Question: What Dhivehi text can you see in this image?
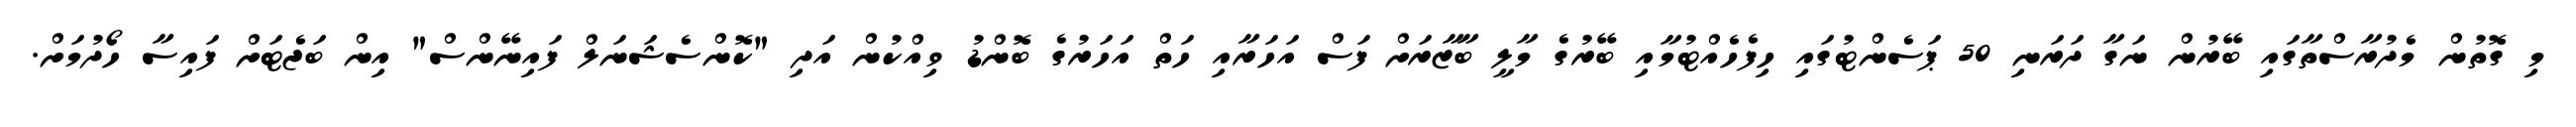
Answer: މި ގޮތުން މެދުރާސްތާގައި ބޭރުން ނަގާ ދަރަނި 50 ޕަސެންޓުގައި ހިފެހެއްޓުމާއި ބޭރުގެ މާލީ ބާޒާރަށް ފަސް އަހަރާއި ހަތް އަހަރުގެ ބޮންޑު ވިއްކުން އަދި "ކޮންސެޝަނަލް ފައިނޭންސް" އިން ބަޖެޓަށް ފައިސާ ހޯދުމަށް.